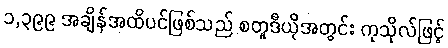
၁,၃၉၉ အချိန်အထိပင်ဖြစ်သည် စတူဒီယိုအတွင်း ကုသိုလ်ဖြင့်